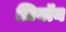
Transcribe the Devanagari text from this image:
ज़ियॉन